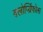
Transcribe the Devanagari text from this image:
क्लोर्प्य्रिफोस